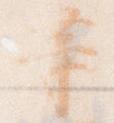
等